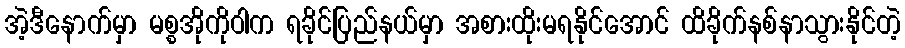
အဲ့ဒီနောက်မှာ မစ္စအိုကိုဝါက ရခိုင်ပြည်နယ်မှာ အစားထိုးမရနိုင်အောင် ထိခိုက်နစ်နာသွားနိုင်တဲ့